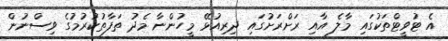
އެ ޓުވީޓްތަކުގައި މާލެ އާއި ރަށްރަށުގައި ދިރިއުޅޭ މީހުންނާ މެދު ތަފާތުކުރުމުގެ ވިސްނުން